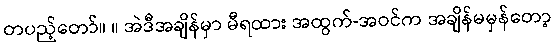
တပည့်တော်။ ။ အဲဒီအချိန်မှာ မီရထား အထွက်-အဝင်က အချိန်မမှန်တော့